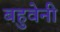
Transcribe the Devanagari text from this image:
बहुवेनी